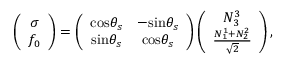
\left( \begin{array} { c } { { \sigma } } \\ { { f _ { 0 } } } \end{array} \right) = \left( \begin{array} { c c } { { \mathrm { c o s } \theta _ { s } } } & { { - \mathrm { s i n } \theta _ { s } } } \\ { { \mathrm { s i n } \theta _ { s } } } & { { \mathrm { c o s } \theta _ { s } } } \end{array} \right) \left( \begin{array} { c } { { N _ { 3 } ^ { 3 } } } \\ { { \frac { N _ { 1 } ^ { 1 } + N _ { 2 } ^ { 2 } } { \sqrt 2 } } } \end{array} \right) ,